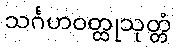
သင်္ဂဟဝတ္ထုသုတ္တံ